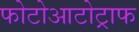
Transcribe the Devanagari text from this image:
फोटोआटोट्राफ